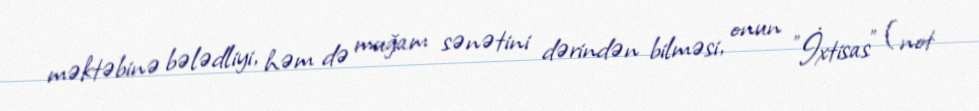
məktəbinə bələdliyi, həm də muğam sənətini dərindən bilməsi, onun "İxtisas" (not